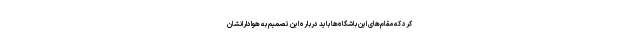
کرد که مقام‌های این باشگاه‌ها باید درباره این تصمیم به هوادارانشان